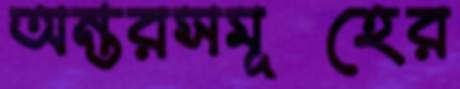
অন্তরসমূহের